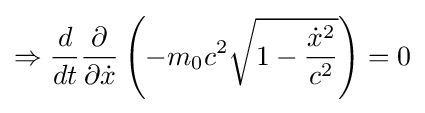
\Rightarrow {\frac {d}{dt}}{\frac {\partial }{\partial {\dot {x}}}}\left(-m_{0}c^{2}{\sqrt {1-{\frac {{\dot {x}}^{2}}{c^{2}}}}}\right)=0